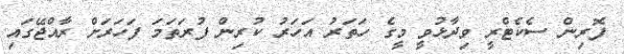
ފޮރިން ސެކެޓްރީ ވިދާޅުވީ މީގެ ހަތަރު އަހަރު ކުރިން ފުރަތަމަ ފަހަރަށް ރާއްޖޭގައި